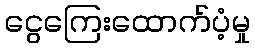
ငွေကြေးထောက်ပံ့မှု